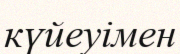
күйеуімен